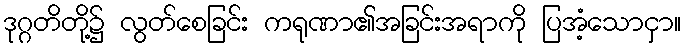
ဒုဂ္ဂတိတို့၌ လွတ်စေခြင်း ကရုဏာ၏အခြင်းအရာကို ပြအံ့သောငှာ။